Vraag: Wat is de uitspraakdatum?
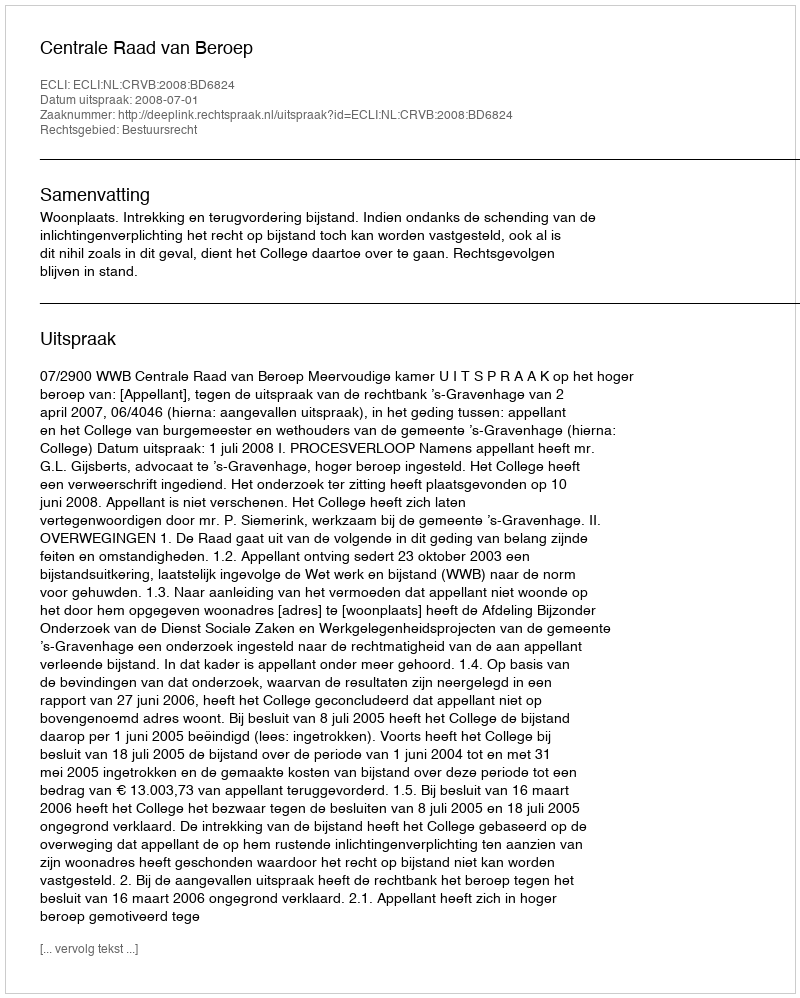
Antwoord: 2008-07-01